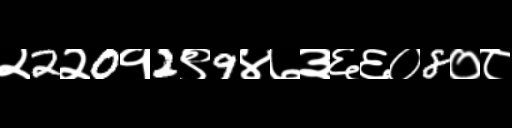
Text: २2२0१2९9४७३६६०8०८